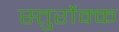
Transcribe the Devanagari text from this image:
स्तुर्रोक्क